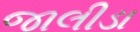
જાલીડા